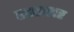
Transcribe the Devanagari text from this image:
हस्ताशर